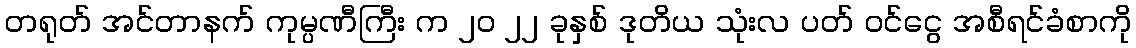
တရုတ် အင်တာနက် ကုမ္ပဏီကြီး က ၂၀ ၂၂ ခုနှစ် ဒုတိယ သုံးလ ပတ် ဝင်ငွေ အစီရင်ခံစာကို